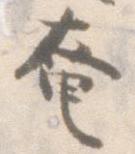
奄